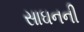
સાઘનની